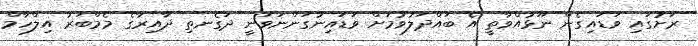
ރަށުގައި ވަޑައިގެން ނޫޅުއްވާތީ އެ ބައްދަލުވުމަށް ވަޑައިނުގަންނަވަނީ ދަގެނތި ދާއިރާގެ މެމްބަރު އިލްހާމް